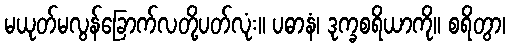
မယုတ်မလွန်ခြောက်လတို့ပတ်လုံး။ ပဓာနံ၊ ဒုက္ခစရိယာကို။ စရိတွာ၊